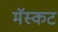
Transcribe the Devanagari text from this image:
मॅस्कट